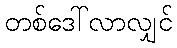
တစ်ဒေါ်လာလျှင်